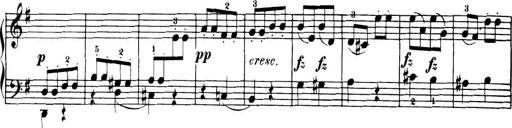
Title: 32 Sonatinas and Rondos for the Piano
Composer: Richard Kleinmichel